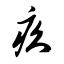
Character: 疚